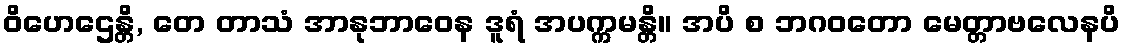
ဝိဟေဌေန္တိ, တေ တာသံ အာနုဘာဝေန ဒူရံ အပက္ကမန္တိ။ အပိ စ ဘဂဝတော မေတ္တာဗလေနပိ